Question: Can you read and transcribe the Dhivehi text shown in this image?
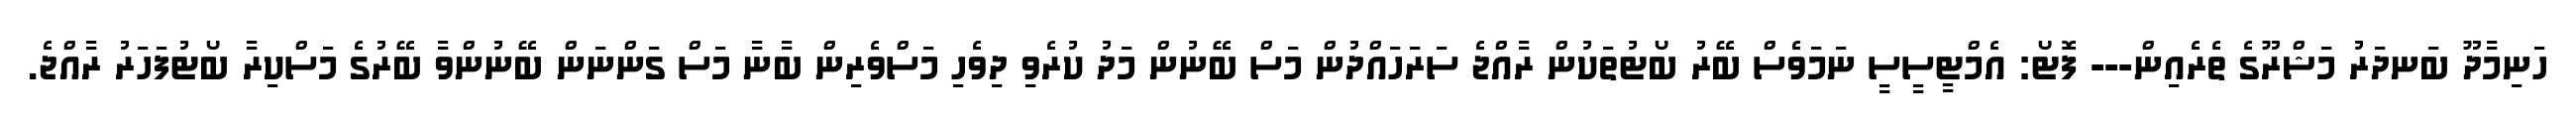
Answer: ހަނިމާދޫ ބަނދަރު މަޝްރޫގެ ތެރެއިން--- ފޮޓޯ: އެމްޓީސީސީ ނަމަވެސް ބޭރު ބޯޓުތަކުން ރާއްޖެ ސަރަހައްދުން މަސް ބޭނުން މަދު ކުރެވި ދިވެހި މަސްވެރިން ބާނާ މަސް ގަންނަން ބޭނުންވާ ބޭރުގެ މަސްކިރާ ބޯޓުފަހަރު ރާއްޖެ.